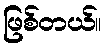
ဖြစ်တယ်။